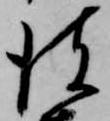
彼